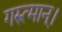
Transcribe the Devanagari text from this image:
गरुत्मान्।